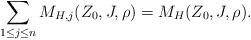
LaTeX: \begin{align*}\sum_{1\le j\le n}M_{H,j}(Z_0,J,\rho)= M_H(Z_0,J,\rho).\end{align*}